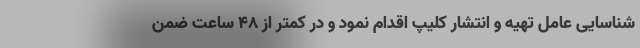
شناسایی عامل تهیه و انتشار کلیپ اقدام نمود و در کمتر از 48 ساعت ضمن